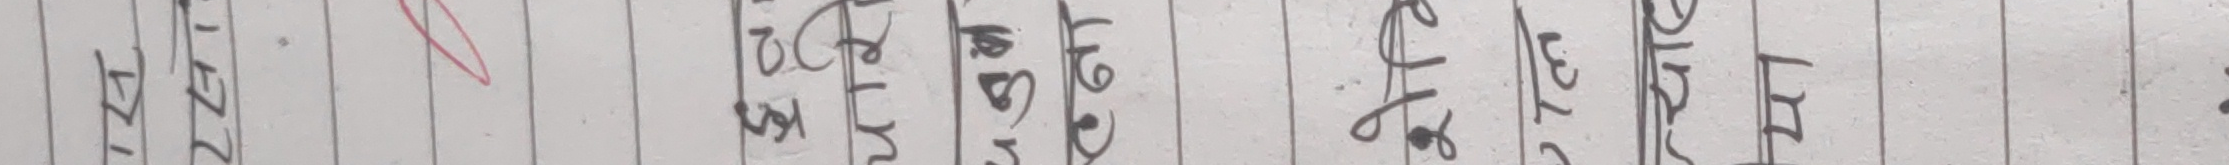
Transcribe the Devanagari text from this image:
१२२२१ माथि घटना होसेको उपरान्त प्रकार